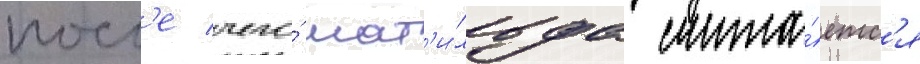
посл'е чего́ мат'и́льда счита́етс'я